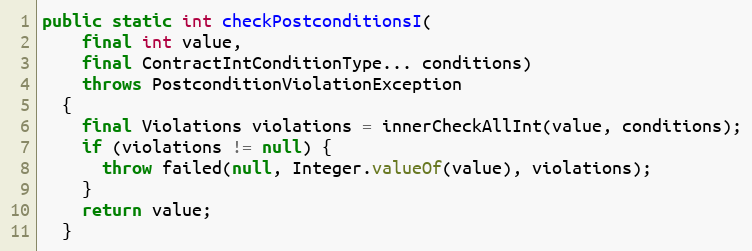
Language: Java
public static int checkPostconditionsI(
    final int value,
    final ContractIntConditionType... conditions)
    throws PostconditionViolationException
  {
    final Violations violations = innerCheckAllInt(value, conditions);
    if (violations != null) {
      throw failed(null, Integer.valueOf(value), violations);
    }
    return value;
  }